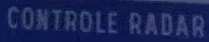
CONTROLE RADAR